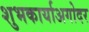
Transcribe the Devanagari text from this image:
शुभकार्याअगोदर